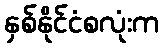
နှစ်နိုင်ငံစလုံးက